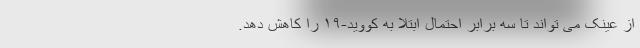
از عینک می تواند تا سه برابر احتمال ابتلا به کووید-۱۹ را کاهش دهد.